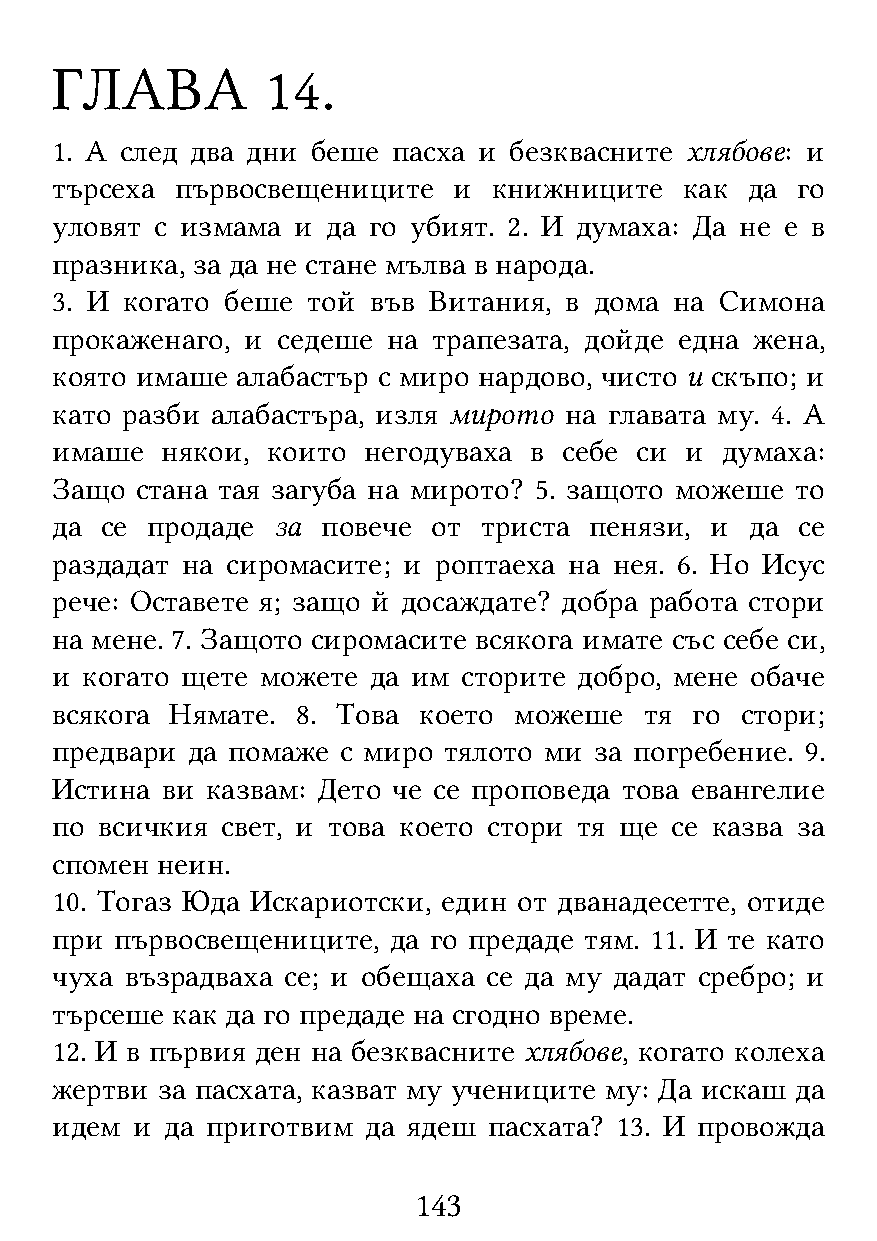
ГЛАВА          14.
 1. А след два дни беше пасха и безквасните хлябове: и
 търсеха  първосвещениците  и  книжниците  как да  го
 уловят с измама и  да го убият. 2. И думаха: Да не е в
 празника, за да не стане мълва в народа.
 3. И когато беше той във Витания, в дома  на Симона
 прокаженаго, и седеше  на трапезата, дойде една жена,
 която имаше  алабастър с миро нардово, чисто и скъпо; и
 като разби алабастъра, изля мирото на главата му. 4. А
 имаше   някои, които негодуваха в себе си и  думаха:
 Защо  стана тая загуба на мирото? 5. защото можеше то
 да  се продаде за повече  от триста пенязи, и  да се
 раздадат на сиромасите; и роптаеха на нея. 6. Но Исус
 рече: Оставете я; защо й досаждате? добра работа стори
 на мене. 7. Защото сиромасите всякога имате със себе си,
 и когато щете можете да им  сторите добро, мене обаче
 всякога Нямате.  8. Това което можеше   тя го стори;
 предвари да помаже  с миро тялото ми за погребение. 9.
 Истина  ви казвам: Дето че се проповеда това евангелие
 по  всичкия свет, и това което стори тя ще се казва за
 спомен неин.
 10. Тогаз Юда Искариотски, един от дванадесетте, отиде
 при  първосвещениците, да го предаде тям. 11. И те като
 чуха възрадваха се; и обещаха се да му дадат сребро; и
 търсеше как да го предаде на сгодно време.
 12. И в първия ден на безквасните хлябове, когато колеха
 жертви за пасхата, казват му учениците му: Да искаш да
 идем  и да приготвим да ядеш пасхата? 13. И провожда
 143